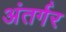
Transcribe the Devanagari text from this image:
अंतर्गर